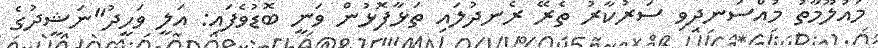
މައުލޫމާތު މުއްސަނދިވި ސަރުކާރު ތެރޭ ރެނދުލައި ތަޅާފޮޅުން ވަނީ ބޮޑުވެފައި: އަލީ ވަހީދު"ނަޝީދުގެ